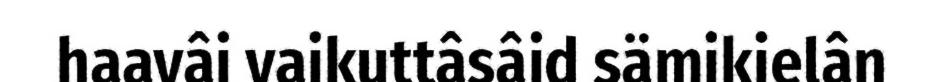
haavâi vaikuttâsâid sämikielân